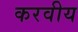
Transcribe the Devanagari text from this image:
करवीय